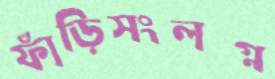
ফাঁড়িসংলগ্ন